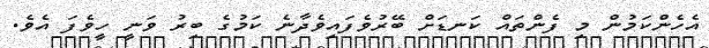
އެހެންކަމުން މި ފެންތައް ކަނޑަށް ބޭރުވެފައިވެދާނެ ކަމުގެ ބިރު ވަނީ ހީވެފަ އެވެ.